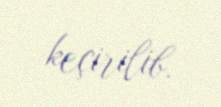
keçirilib.